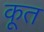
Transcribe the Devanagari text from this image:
कूत